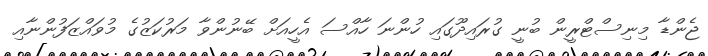
ޖެންޑާ މިނިސްޓްރީން ބުނީ ގުރައިދޫގައި ހުންނަ ހާއްސަ އެހީއަށް ބޭނުންވާ މަރުކަޒުގެ މުވައްޒަފުންނާއި